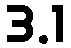
3.1